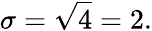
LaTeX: \sigma={\sqrt{4}}=2.